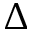
\Delta